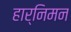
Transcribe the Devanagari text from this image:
हार्निमन